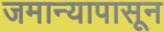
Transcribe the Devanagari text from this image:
जमान्यापासून